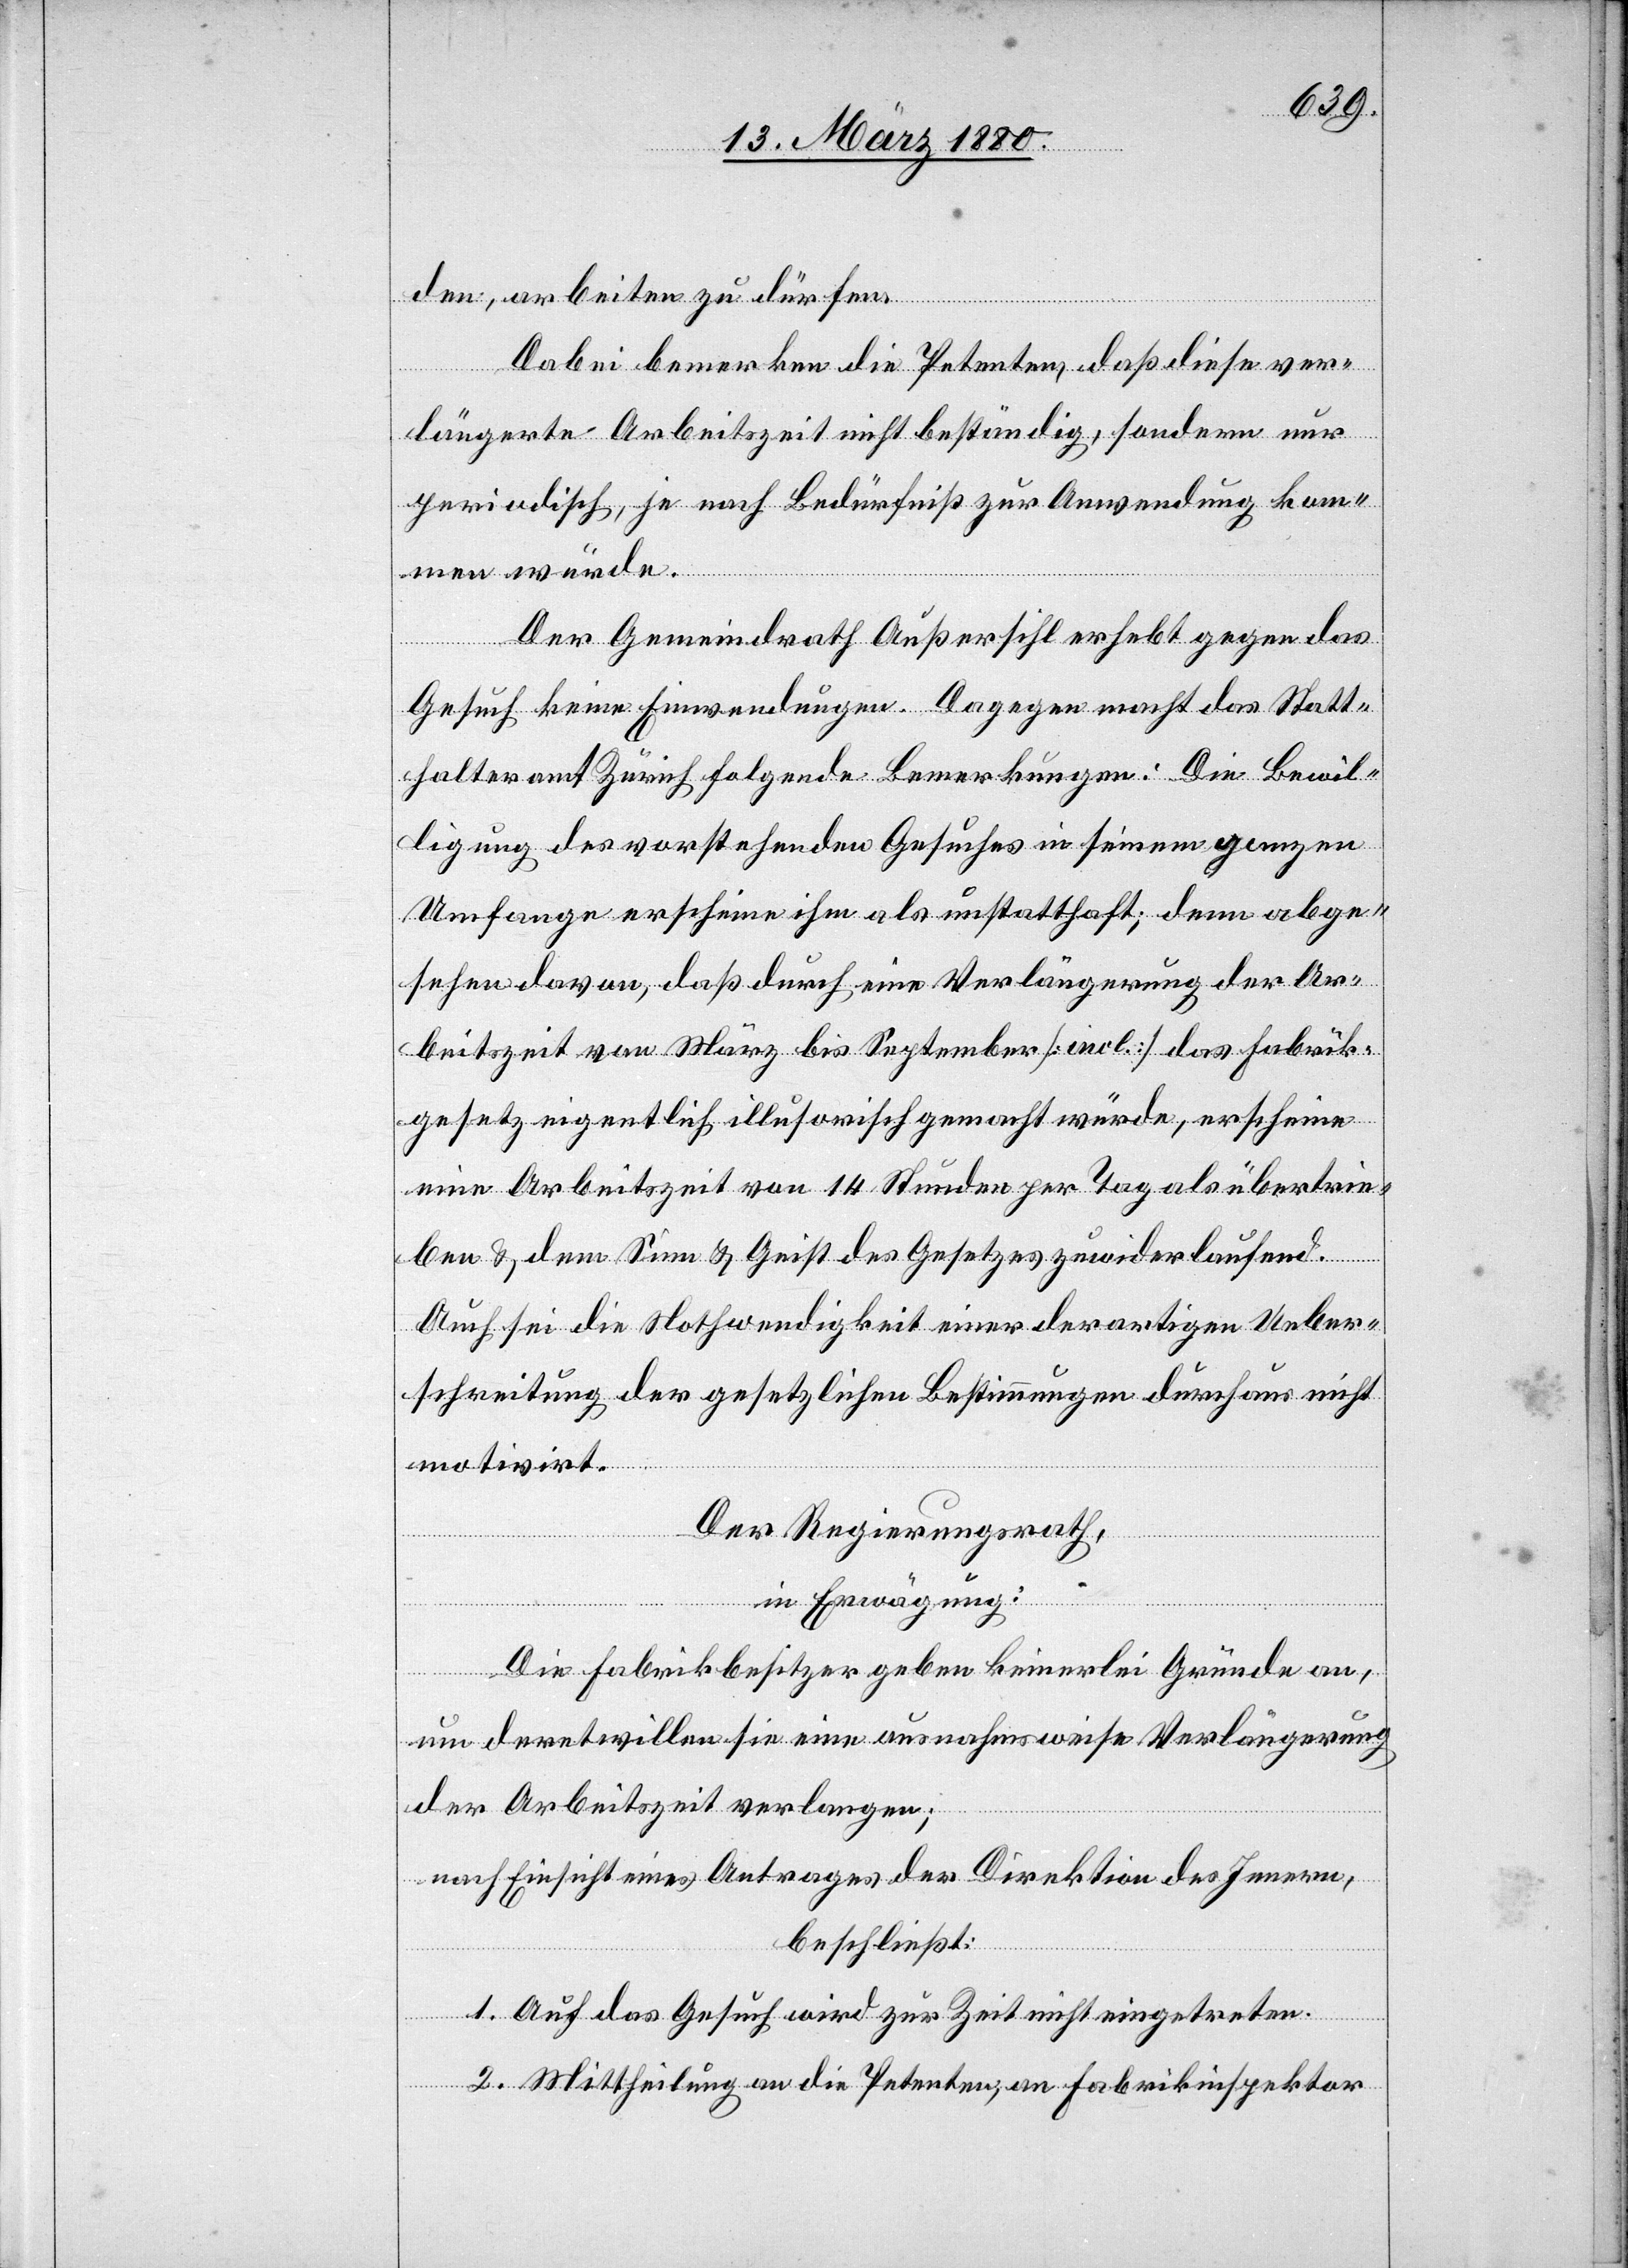
den, arbeiten zu dürfen.
Dabei bemerken die Petenten, daß diese ver¬
längerte Arbeitszeit nicht beständig, sondern nur
periodisch je nach Bedürfniß zur Anwendung kom¬
men würde.
Der Gemeindrath Außersihl erhebt gegen das
Gesuch keine Einwendungen. Dagegen macht das Statt¬
halteramt Zürich folgende Bemerkungen: Die Bewil¬
ligung des vorstehenden Gesuches in seinem ganzen
Umfang erscheine ihm als unstatthaft; denn abge¬
sehen davon, daß durch eine Verlängerung der Ar¬
beitszeit von März bis September [incl.] das Fabrik¬
gesetz eigentlich illusorisch gemacht würde, erscheine
eine Arbeitszeit von 14 Stunden per Tage als übertrie¬
ben & dem Sinn & Geist des Gesetzes zuwiderlaufend.
Auch sei die Nothwendigkeit einer derartigen Ueber¬
schreitung der gesetzlichen Bestimmungen durchaus nicht
motivirt.
Der Regierungsrath,
in Erwägung:
Die Fabrikbesitzer geben keinerlei Gründe an,
um deretwillen sie eine ausnahmsweise Verlängerung
der Arbeitszeit verlangen;
nach Einsicht eines Antrages der Direktion des Innern,
beschließt:
1. Auf das Gesuch wird zur Zeit nicht eingetreten.
2. Mittheilung an die Petenten; an Fabrikinspektor